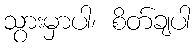
သွားမှာပါ၊ စိတ်ချပါ